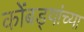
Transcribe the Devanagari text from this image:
कोंबड्यांच्या